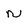
Character: n